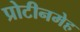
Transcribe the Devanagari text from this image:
प्रोटीनमेह